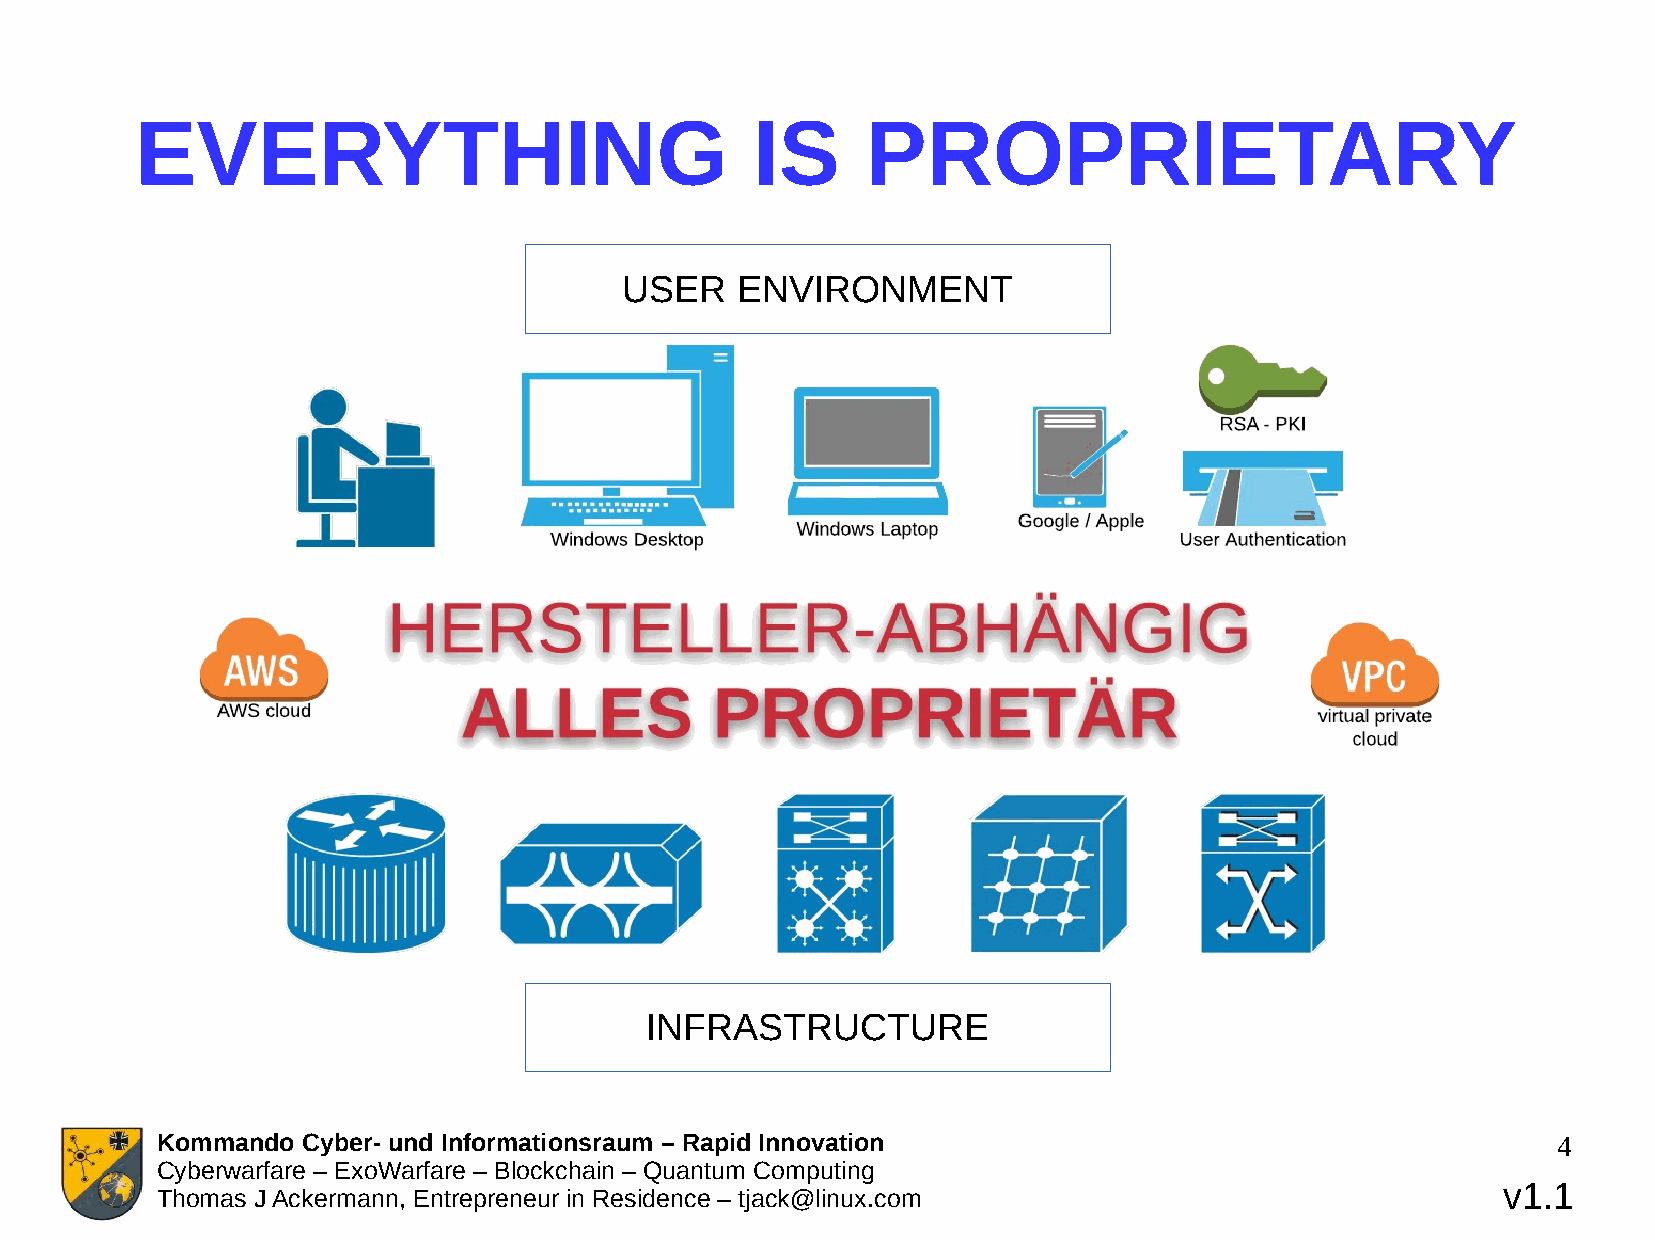
EVERYTHING                               IS     PROPRIETARY
 USER    ENVIRONMENT
 INFRASTRUCTURE
 Kommando  Cyber- und Informationsraum – Rapid Innovation                                     4
 Cyberwarfare – ExoWarfare – Blockchain – Quantum Computing
 v1.1
 Thomas J Ackermann, Entrepreneur in Residence – tjack@linux.com